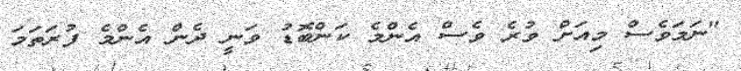
"ނަމަވެސް މިއަށް ވުރެ ވެސް އެންމެ ކަންބޮޑު ވަނީ ދެން އެންމެ ފުރަތަމަ